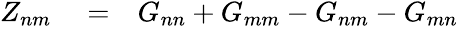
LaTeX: \begin{array}{rlr}{Z_{nm}}&{{}=}&{G_{nn}+G_{mm}-G_{nm}-G_{mn}}\end{array}